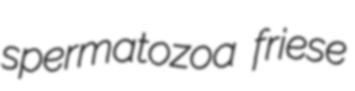
spermatozoa friese